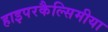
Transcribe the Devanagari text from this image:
हाइपरकैल्सिमीया